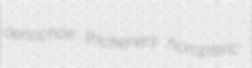
oenochoe thickeners horopteric